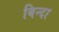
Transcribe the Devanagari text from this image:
बिन्दा